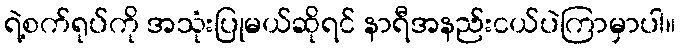
ရဲ့စက်ရုပ်ကို အသုံးပြုမယ်ဆိုရင် နာရီအနည်းငယ်ပဲကြာမှာပါ။